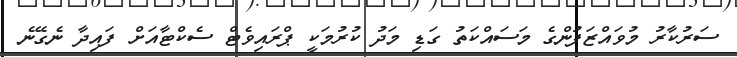
ސަރުކާރު މުވައްޒަފުންގެ މަސައްކަތު ގަޑި މަދު ކުރުމަކީ ޕްރައިވެޓް ސެކްޓާއަށް ފައިދާ ނެގޭނެ